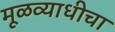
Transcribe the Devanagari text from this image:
मूळव्याधीचा